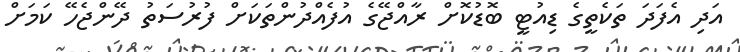
އަދި އެފަދަ ތަކެތީގެ ޑިއުޓީ ބޮޑުކޮށް ރާއްޖޭގެ އުފެއްދުންތަކަށް ފުރުސަތު ދޭންޖެހޭ ކަމަށް